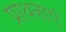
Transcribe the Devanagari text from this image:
प्राथनाएं